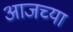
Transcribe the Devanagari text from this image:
अाजच्या